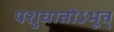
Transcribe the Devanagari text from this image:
पशुघातोऽभूत्‌